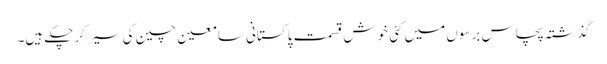
گذشتہ پچاس برسوں میں کئی خوش قسمت پاکستانی سامعین چین کی سیر کرچکے ہیں۔